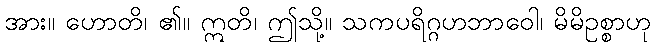
အား။ ဟောတိ၊ ၏။ ဣတိ၊ ဤသို့။ သကပရိဂ္ဂဟဘာဝေါ၊ မိမိဥစ္စာဟု